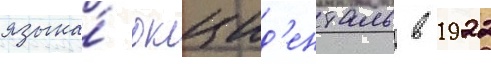
языка́ окцид'енталь в 1922